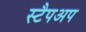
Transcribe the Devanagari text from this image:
स्टैपअप